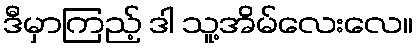
ဒီမှာကြည့် ဒါ သူ့အိမ်လေးလေ။